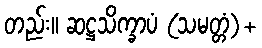
တည်း။ ဆဋ္ဌသိက္ခာပံ (သမတ္တံ)+